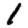
Digit: 1